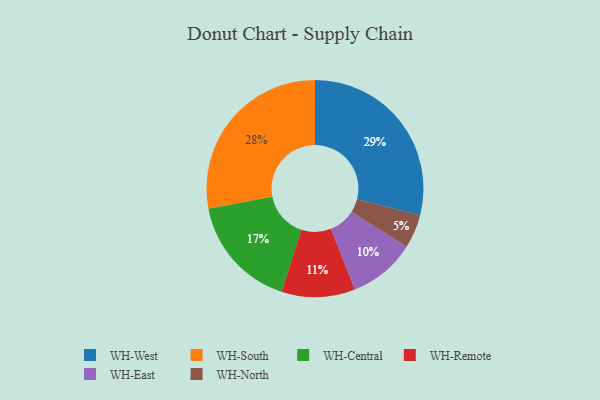
{"axis": {"x": "Category", "y": "Percentage"}, "legend": ["WH-Central", "WH-East", "WH-North", "WH-Remote", "WH-South", "WH-West"], "data": [{"x": "WH-East", "y": 10, "type": "WH-East"}, {"x": "WH-Remote", "y": 11, "type": "WH-Remote"}, {"x": "WH-North", "y": 5, "type": "WH-North"}, {"x": "WH-Central", "y": 17, "type": "WH-Central"}, {"x": "WH-West", "y": 29, "type": "WH-West"}, {"x": "WH-South", "y": 28, "type": "WH-South"}]}